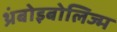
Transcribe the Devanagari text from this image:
थ्रंबोइबोलिज्म